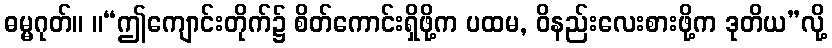
ဓမ္မဂုတ်။ ။“ဤကျောင်းတိုက်၌ စိတ်ကောင်းရှိဖို့က ပထမ, ဝိနည်းလေးစားဖို့က ဒုတိယ”လို့